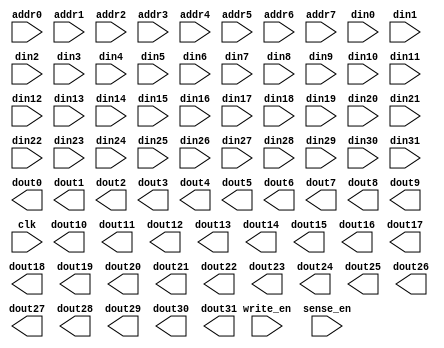
module sram_1kb_64x128x32(addr0,addr1,addr2,addr3,addr4,addr5,addr6,addr7,din0,din1,din2,din3,din4,din5,din6,din7,din8,din9,din10,din11,din12,din13,din14,din15,din16,din17,din18,din19,din20,din21,din22,din23,din24,din25,din26,din27,din28,din29,din30,din31,dout0,dout1,dout2,dout3,dout4,dout5,dout6,dout7,dout8,dout9,dout10,dout11,dout12,dout13,dout14,dout15,dout16,dout17,dout18,dout19,dout20,dout21,dout22,dout23,dout24,dout25,dout26,dout27,dout28,dout29,dout30,dout31,clk,write_en,sense_en);
input addr0;
input addr1;
input addr2;
input addr3;
input addr4;
input addr5;
input addr6;
input addr7;
input din0;
input din1;
input din2;
input din3;
input din4;
input din5;
input din6;
input din7;
input din8;
input din9;
input din10;
input din11;
input din12;
input din13;
input din14;
input din15;
input din16;
input din17;
input din18;
input din19;
input din20;
input din21;
input din22;
input din23;
input din24;
input din25;
input din26;
input din27;
input din28;
input din29;
input din30;
input din31;
output dout0;
output dout1;
output dout2;
output dout3;
output dout4;
output dout5;
output dout6;
output dout7;
output dout8;
output dout9;
output dout10;
output dout11;
output dout12;
output dout13;
output dout14;
output dout15;
output dout16;
output dout17;
output dout18;
output dout19;
output dout20;
output dout21;
output dout22;
output dout23;
output dout24;
output dout25;
output dout26;
output dout27;
output dout28;
output dout29;
output dout30;
output dout31;
input clk;
input write_en;
input sense_en;
endmodule